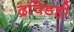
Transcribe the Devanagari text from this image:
द्रविडही